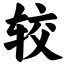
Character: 较